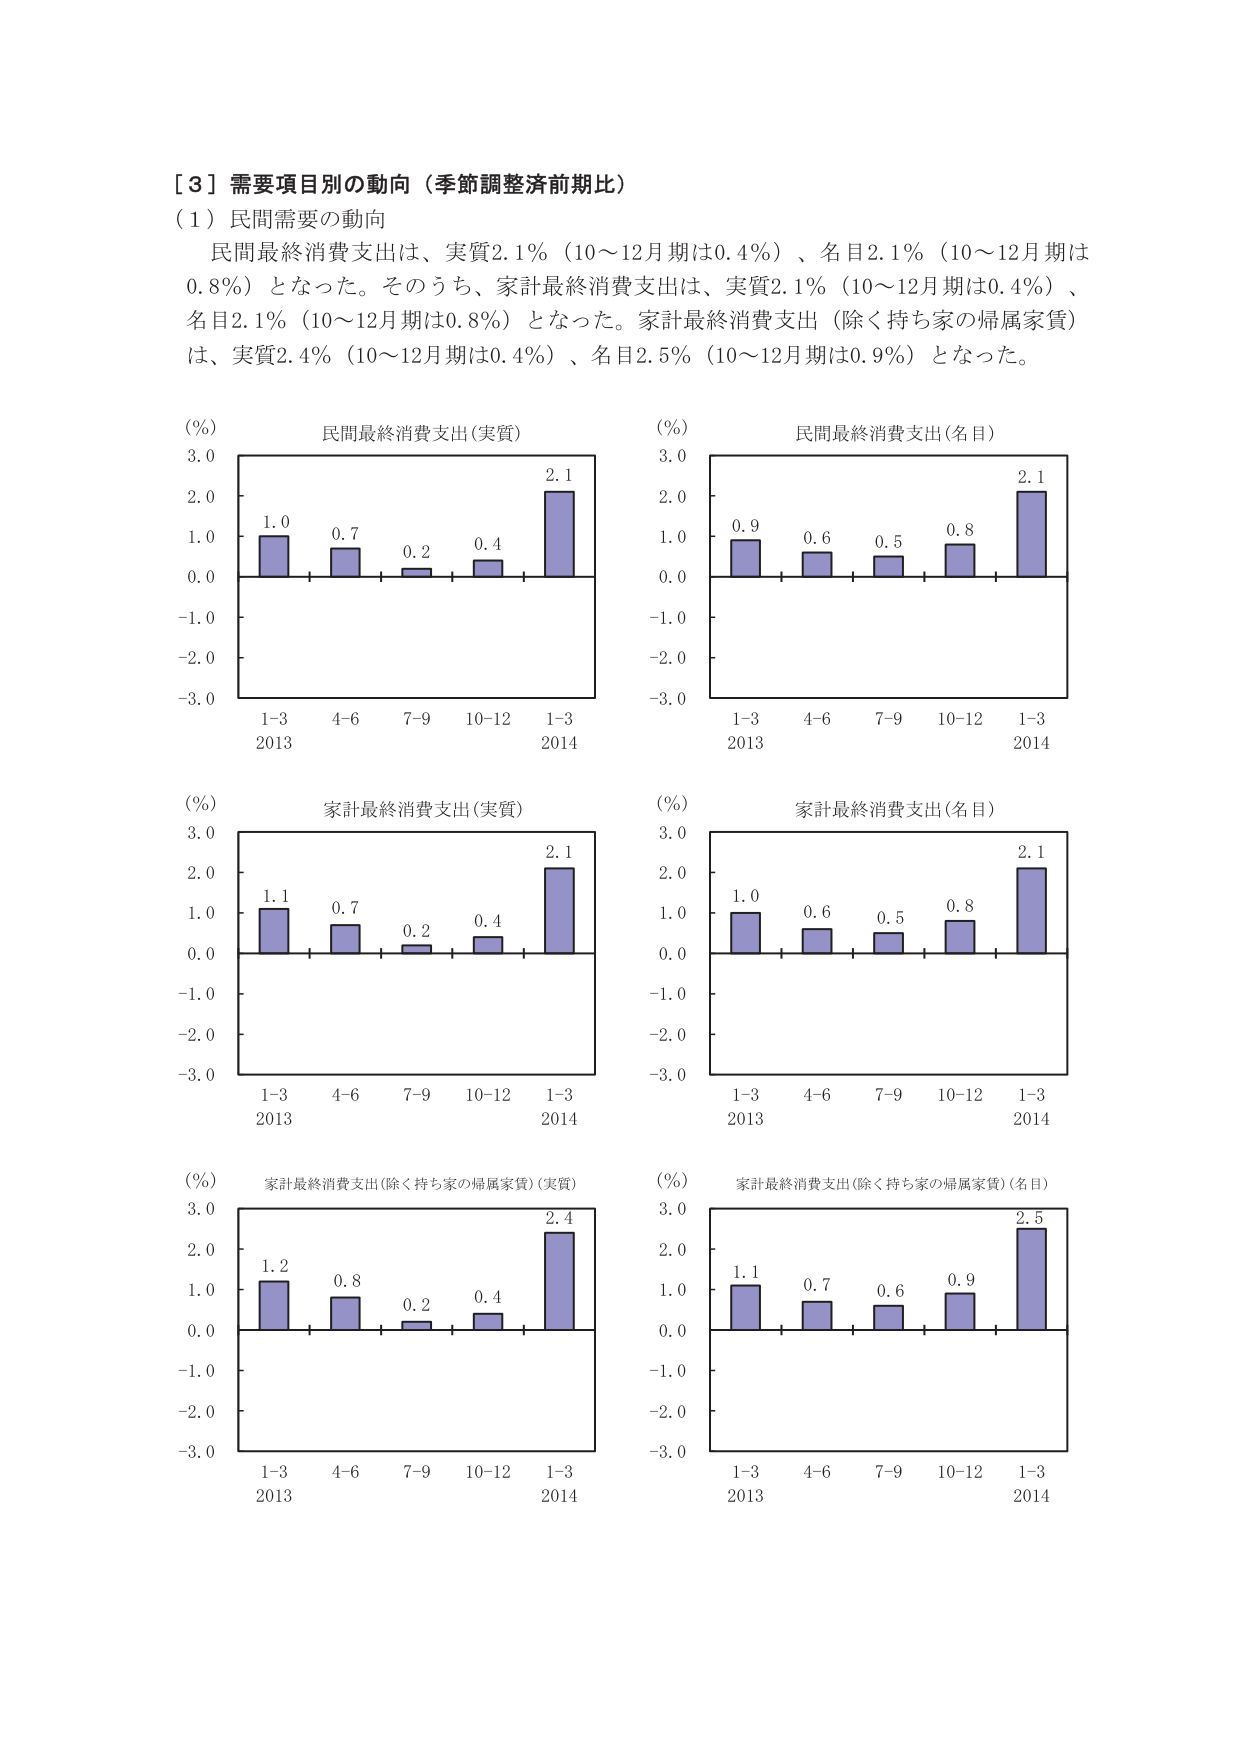
［３］需要項目別の動向（季節調整前期比）
（１）民間需要の動向
民間最終消費支出は、実質2.1％（10～12月期は0.4％）、名目2.1％（10～12月期は0.8％）となった。そのうち、家計最終消費支出は、実質2.1％（10～12月期は0.4％）、名目2.1％（10～12月期は0.8％）となった。家計最終消費支出（除く持ち家の帰属家賃）は、実質2.4％（10～12月期は0.4％）、名目2.5％（10～12月期は0.9％）となった。

（％）
民間最終消費支出（実質）
3.0
2.0
1.0
0.0
-1.0
-2.0
-3.0
1.0
0.7
0.2
0.4
2.1
1-3
4-6
7-9
10-12
1-3
2013
2014

（％）
民間最終消費支出（名目）
3.0
2.0
1.0
0.0
-1.0
-2.0
-3.0
0.9
0.6
0.5
0.8
2.1
1-3
4-6
7-9
10-12
1-3
2013
2014

（％）
家計最終消費支出（実質）
3.0
2.0
1.0
0.0
-1.0
-2.0
-3.0
1.1
0.7
0.2
0.4
2.1
1-3
4-6
7-9
10-12
1-3
2013
2014

（％）
家計最終消費支出（名目）
3.0
2.0
1.0
0.0
-1.0
-2.0
-3.0
1.0
0.6
0.5
0.8
2.1
1-3
4-6
7-9
10-12
1-3
2013
2014

（％）
家計最終消費支出（除く持ち家の帰属家賃）（実質）
3.0
2.0
1.0
0.0
-1.0
-2.0
-3.0
1.2
0.8
0.2
0.4
2.4
1-3
4-6
7-9
10-12
1-3
2013
2014

（％）
家計最終消費支出（除く持ち家の帰属家賃）（名目）
3.0
2.0
1.0
0.0
-1.0
-2.0
-3.0
1.1
0.7
0.6
0.9
2.5
1-3
4-6
7-9
10-12
1-3
2013
2014